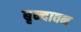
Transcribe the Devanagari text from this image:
बृन्दावन